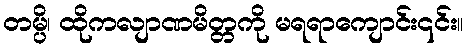
တမ္ပိ၊ ထိုကလျာဏမိတ္တကို မရရာကျောင်း၎င်း။